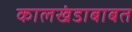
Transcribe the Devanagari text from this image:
कालखंडाबाबत